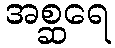
အစ္ဆရေ